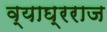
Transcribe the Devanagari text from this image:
व्याघ्रराज